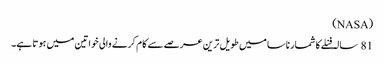
(NASA)
81 سالہ فنلے کا شمار ناسا میں طویل ترین عرصے سے کام کرنے والی خواتین میں ہوتا ہے۔